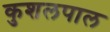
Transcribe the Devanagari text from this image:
कुशलपाल